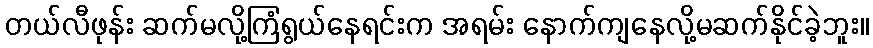
တယ်လီဖုန်း ဆက်မလို့ကြံရွယ်နေရင်းက အရမ်း နောက်ကျနေလို့မဆက်နိုင်ခဲ့ဘူး။